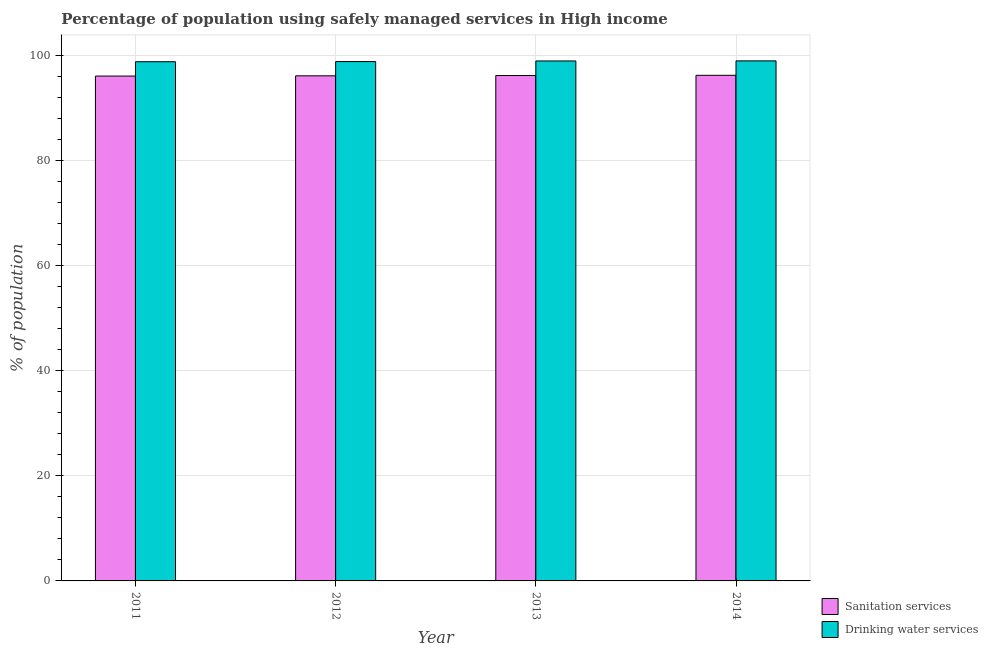
| Year | Sanitation services | Drinking water services |
 | --- | --- | --- |
 | 2011 | 96.1 | 98.9 |
 | 2012 | 96.2 | 98.9 |
 | 2013 | 96.3 | 99 |
 | 2014 | 96.3 | 99 |